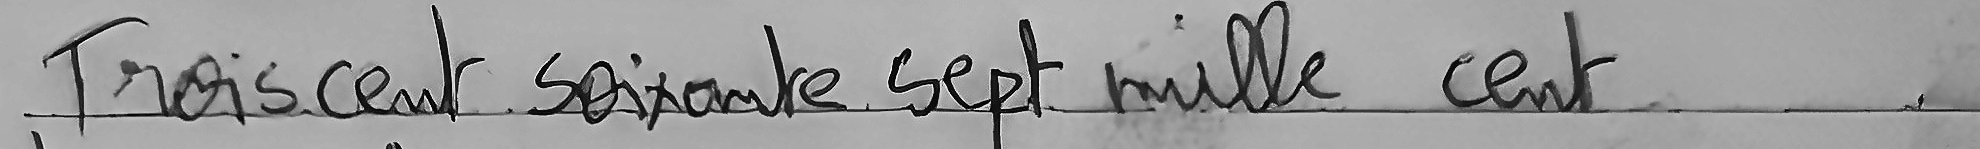
Trois cent Soixante Sept mille cent